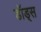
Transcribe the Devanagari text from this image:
डॉड्स